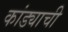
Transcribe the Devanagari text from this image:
कांड्याची